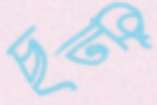
ছটি